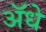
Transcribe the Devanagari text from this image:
ॲधे